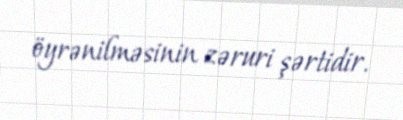
öyrənilməsinin zəruri şərtidir.